Vaccination in Burma 1900-1911 - 1900-1911
Year: 1900
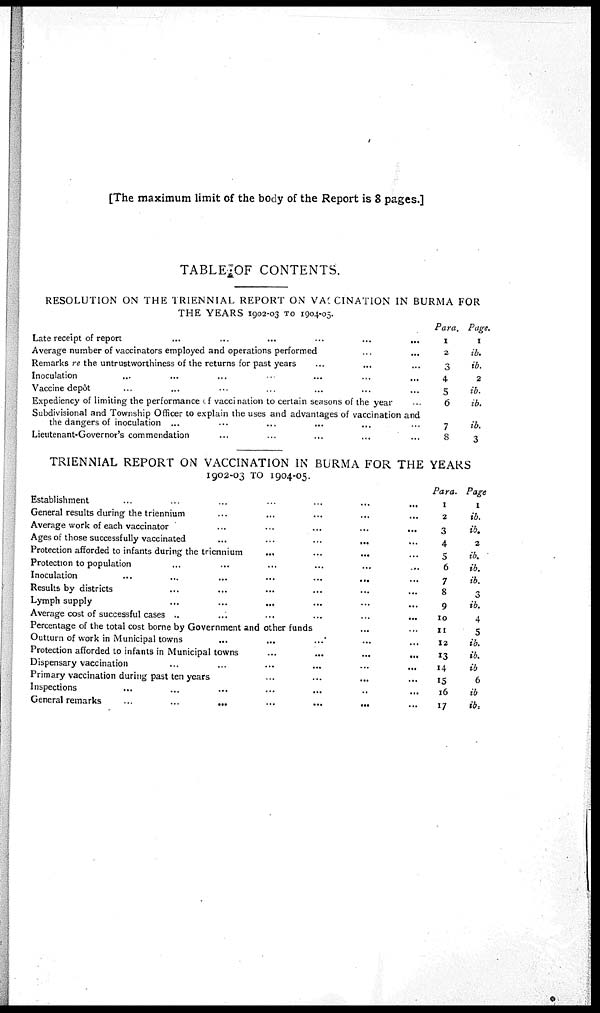
[The maximum limit of the body of the Report is 8 pages.]
TABLE OF CONTENTS.
RESOLUTION ON THE TRIENNIAL REPORT ON VACCINATION IN BURMA FOR
THE YEARS 1902-03 TO 1904-05.
Late receipt of report ... ... ...
Average number of vaccinators employed and operations performed... ... ...
Remarks re the untrustworthiness of the returns for past years... ... ...
Inoculation ... ... ...
Vaccine depôt ... ... ...
Expediency of limiting the performance of vaccination to certain seasons of the year... ... ...
Subdivisional and Township Officer to explain the uses and advantages of vaccination and
the dangers of inoculation ... ... ... ... ... ...
Lieutenant-Governor's commendation... ... ... ...
Para.
1
2
3
4
5
6
7
8
Page.
1
ib.
ib.
2
ib.
ib.
ib.
3
TRIENNIAL REPORT ON VACCINATION IN BURMA FOR THE YEARS
1902-03 TO 1904-05.
Establishment
...
...
...
...
...
General results during the triennium... ... ... ...
Average work of each vaccinator
...
...
...
...
Ages of those successfully vaccinated
...
...
...
...
Protection afforded to infants during the triennium
...
...
...
...
Protection to population ... ... ... ...
Inoculation
...
...
...
...
Results by districts ... ... ... ...
Lymph supply
...
...
...
...
Average cost of successful cases
...
...
...
...
...
Percentage of the total cost borne by Government and other funds ... ... ...
Outturn of work in Municipal towns
...
...
...
...
Protection afforded to infants in Municipal towns
...
...
...
...
Dispensary vaccination
...
...
...
...
Primary vaccination during past ten years ... ... ... ...
Inspections ... ... ... ...
General remarks
...
...
...
...
Para.
1
2
3
4
5
6
7
8
9
10
11
12
13
14
15
16
17
Page
1
ib.
ib.
2
ib.
ib.
ib.
3
ib.
4
5
ib.
ib.
ib
6
ib
ib.